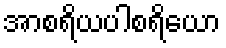
အာစရိယပါစရိယော